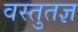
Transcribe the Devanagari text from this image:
वस्तुतज्ञ